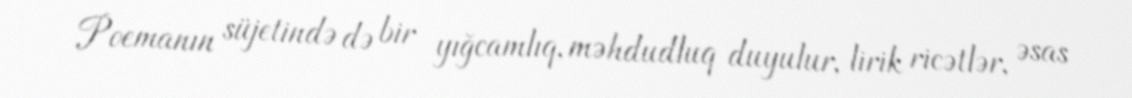
Poemanın süjetində də bir yığcamlıq, məhdudluq duyulur, lirik ricətlər, əsas